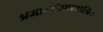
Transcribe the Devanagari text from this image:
भ्रमात्संसारवानिव